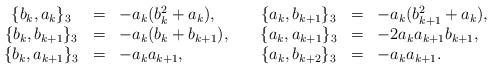
LaTeX: \begin{align*}\begin{array}{cclcccl}\{b_k,a_k\}_3 & = & -a_k (b_k^2+a_k), & \; &\{a_k,b_{k+1}\}_3 & = & -a_k (b_{k+1}^2+a_k), \\ \{b_k,b_{k+1}\}_3 & = & -a_k (b_k+b_{k+1}), & \; &\{a_k,a_{k+1}\}_3 & = & -2a_k a_{k+1}b_{k+1}, \\ \{b_k,a_{k+1}\}_3 & = & -a_k a_{k+1}, & \; &\{a_k,b_{k+2}\}_3 & = & -a_k a_{k+1}.\end{array}\end{align*}